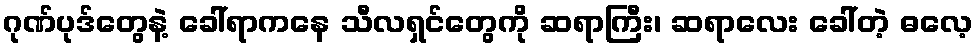
ဂုဏ်ပုဒ်တွေနဲ့ ခေါ်ရာကနေ သီလရှင်တွေကို ဆရာကြီး၊ ဆရာလေး ခေါ်တဲ့ ဓလေ့